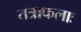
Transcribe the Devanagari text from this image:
तत्राफलाः